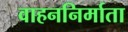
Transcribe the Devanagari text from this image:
वाहननिर्माता